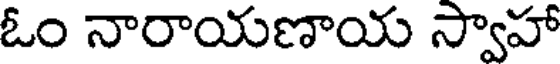
ఓం నారాయణాయ స్వాహా